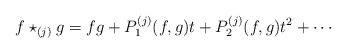
\begin{align*}f\star_{(j)} g = fg + P^{(j)}_1(f,g)t + P^{(j)}_2(f,g)t^2 + \cdots\end{align*}